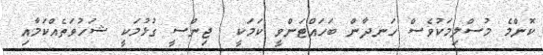
ކޮންމެ މުސްލިމަކުވެސް ހަނދާން ބަހައްޓަންވީ ކަމަކީ  ޖިންސީ ގުޅުމަކީ ޝަހުވަތެއްކަމާއި